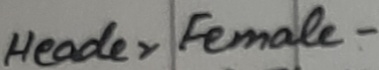
Text: Header Female-